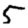
Digit: 5